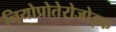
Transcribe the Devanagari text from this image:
नियोप्रोतेरोजोइक